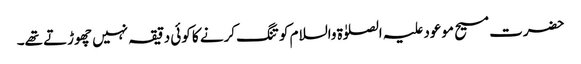
حضرت مسیح موعود علیہ الصلوٰۃ والسلام کو تنگ کرنے کا کوئی دقیقہ نہیں چھوڑتے تھے۔